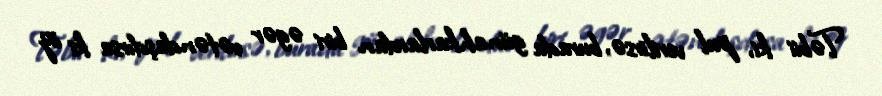
Təbii ki, pul verilirsə, burada günahkarlardan biri əgər vətəndaşdırsa ki öz